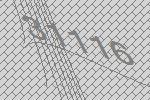
31116